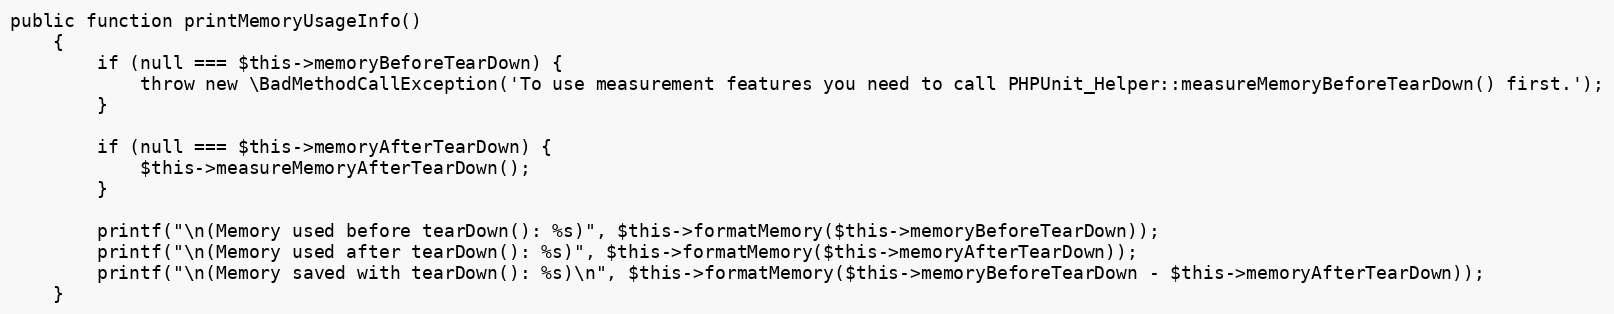
Language: PHP
public function printMemoryUsageInfo()
    {
        if (null === $this->memoryBeforeTearDown) {
            throw new \BadMethodCallException('To use measurement features you need to call PHPUnit_Helper::measureMemoryBeforeTearDown() first.');
        }

        if (null === $this->memoryAfterTearDown) {
            $this->measureMemoryAfterTearDown();
        }

        printf("\n(Memory used before tearDown(): %s)", $this->formatMemory($this->memoryBeforeTearDown));
        printf("\n(Memory used after tearDown(): %s)", $this->formatMemory($this->memoryAfterTearDown));
        printf("\n(Memory saved with tearDown(): %s)\n", $this->formatMemory($this->memoryBeforeTearDown - $this->memoryAfterTearDown));
    }